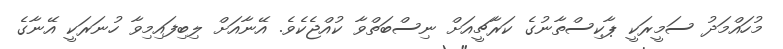
މުހައްމަދު ސަމީރަކީ ޕާކިސްތާނުގެ ކަރާޗީއަށް ނިސްބަތްވާ ކުއްޖެކެވެ. އޭނާއަށް ލިބިފައިމިވާ ހުނަރަކީ އޭނާގެ